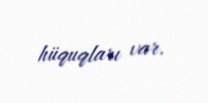
hüquqları var.